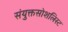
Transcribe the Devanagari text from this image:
संयुक्तसोशलिस्ट